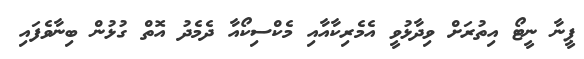
ޕީނާ ނީޓޯ އިތުރަށް ވިދާޅުވީ އެމެރިކާއާއި މެކްސިކޯއާ ދެމެދު އޮތް ގުޅުން ބިނާވެފައި